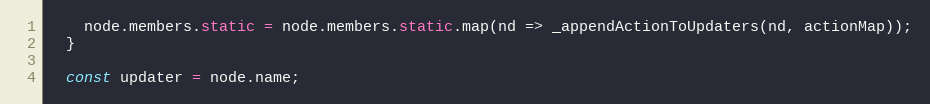
Language: JavaScript
    node.members.static = node.members.static.map(nd => _appendActionToUpdaters(nd, actionMap));
  }

  const updater = node.name;